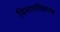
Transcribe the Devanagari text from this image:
विस्तारिकरण